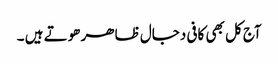
آج کل بھی کافی دجال ظاھر ھوتے ہیں ۔